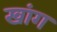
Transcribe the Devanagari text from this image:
खांग